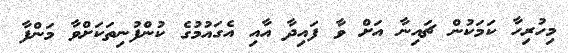
މިހުރިހާ ކަމަކުން ޗައިނާ އަށް ވާ ފައިދާ އާއި އެގައުމުގެ ކުންފުނިތަކަށްވާ މަންފާ